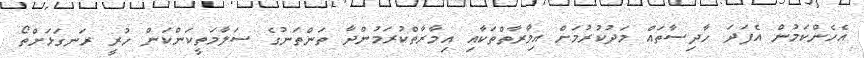
އެހެންކަމުން އެފަދަ ހާދިސާތައް މަދުކުރުމަށް އިމާރާތްތަކާއި އިމާރާތްކުރަމުންދާ ތަންތަނުގެ ސަލާމަތީކަންކަން ހުރީ ރަނގަޅަށްތޯ